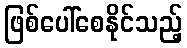
ဖြစ်ပေါ်စေနိုင်သည့်